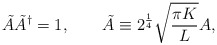
\begin{align*}\tilde A \tilde A^\dagger =1, \qquad\tilde A \equiv 2^{1 \over 4}\sqrt{\pi K \over L}A ,\end{align*}